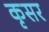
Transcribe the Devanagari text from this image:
कृसर